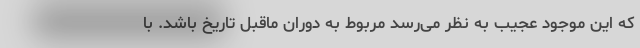
که این موجود عجیب به نظر می‌رسد مربوط به دوران ماقبل تاریخ باشد. با